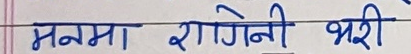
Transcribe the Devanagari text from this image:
मनमा रागिनी भरी